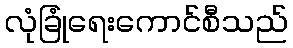
လုံခြုံရေးကောင်စီသည်